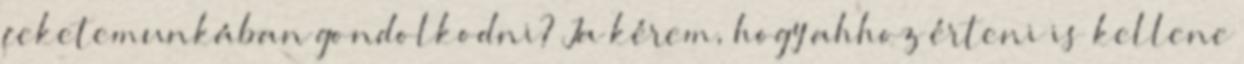
feketemunkában gondolkodni? Ja kérem, hogy ahhoz érteni is kellene